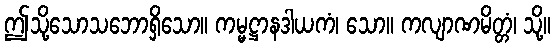
ဤသို့သောသဘောရှိသော။ ကမ္မဋ္ဌာနဒါယကံ၊ သော။ ကလျာဏမိတ္တံ၊ သို့။